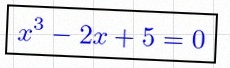
x^3-2x+5=0